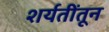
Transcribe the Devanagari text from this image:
शर्यतींतून